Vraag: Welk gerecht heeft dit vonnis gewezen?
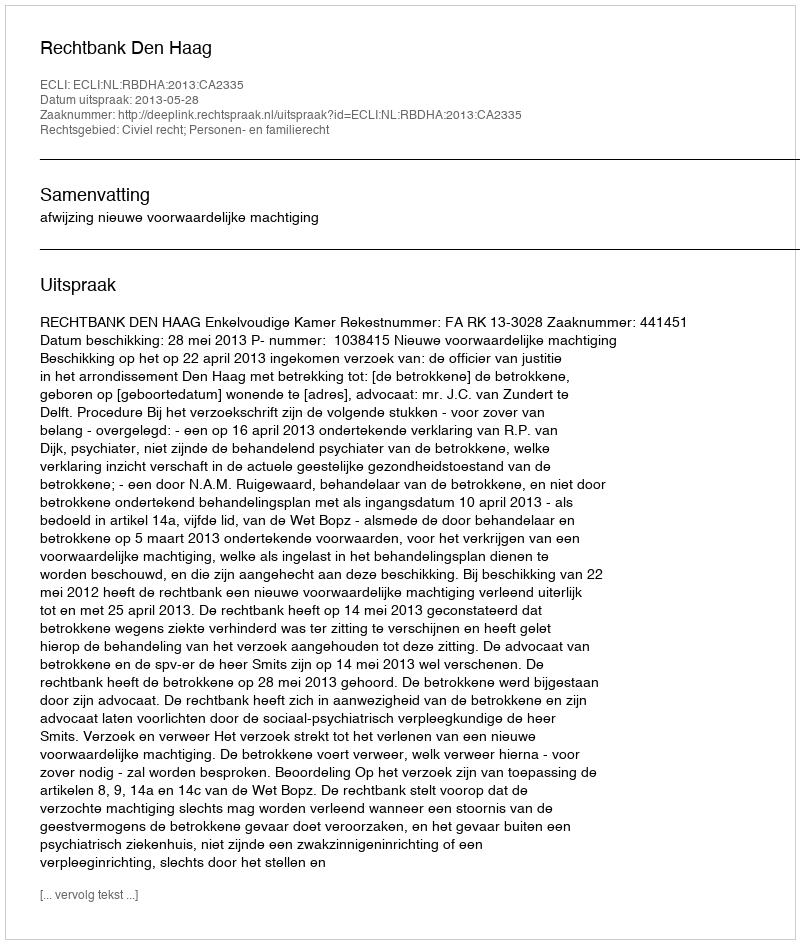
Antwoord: Rechtbank Den Haag